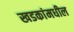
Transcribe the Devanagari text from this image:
खडकांमधील